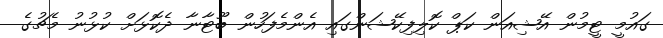
ގައުމީ ޓީމުން އޭޝިއަން ކަޕް ކޮލިފިކޭޝަންގައި އެންމެފަހުން ބޫޓާނާ ދެކޮޅަށް ކުޅުނު މެޗުގެ